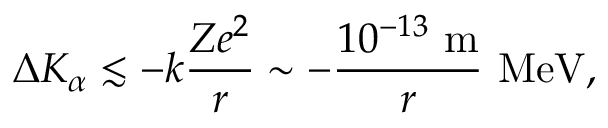
\Delta K _ { \alpha } \lesssim - k \frac { Z e ^ { 2 } } { r } \sim - \frac { 1 0 ^ { - 1 3 } ~ \mathrm { m } } { r } ~ \mathrm { M e V } ,